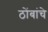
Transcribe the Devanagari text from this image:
ठोंबांचे